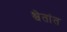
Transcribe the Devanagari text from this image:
श्वेतांत